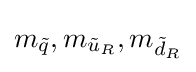
m_{\tilde {q}},m_{{\tilde {u}}_{R}},m_{{\tilde {d}}_{R}}